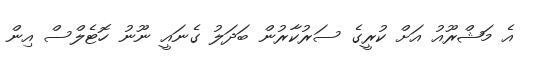
އެ މަޝްރޫއު އަށް ކުރީގެ ސަރުކާރުން ބަދަލު ގެނައީ ނޫނު ހޮޓެލްސް އިން